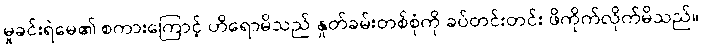
မှုခင်းရဲမေ၏ စကားကြောင့် ဟိရောမိသည် နှုတ်ခမ်းတစ်စုံကို ခပ်တင်းတင်း ဖိကိုက်လိုက်မိသည်။